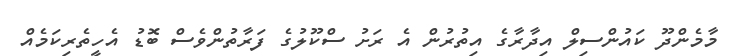
މާމެންދޫ ކައުންސިލް އިދާރާގެ އިތުރުން އެ ރަށު ސްކޫލުގެ ފަރާތުންވެސް ބޮޑު އެހީތެރިކަމެއް